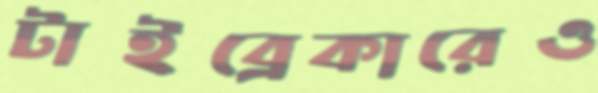
টাইব্রেকারেও